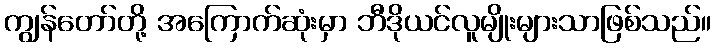
ကျွန်တော်တို့ အကြောက်ဆုံးမှာ ဘီဒိုယင်လူမျိုးများသာဖြစ်သည်။